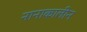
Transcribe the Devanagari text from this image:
नानाकालीन